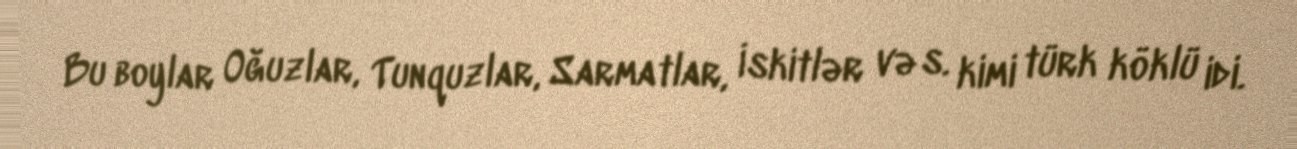
Bu boylar Oğuzlar, Tunquzlar, Sarmatlar, İskitlər və s. kimi türk köklü idi.